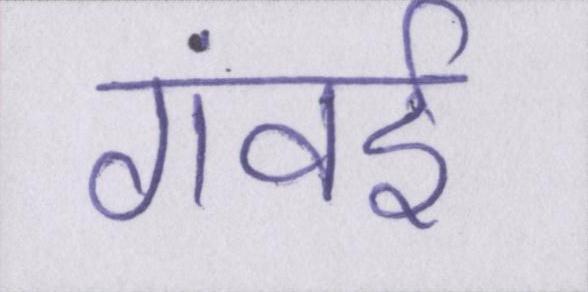
गंवई